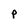
Character: P